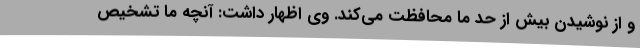
و از نوشیدن بیش از حد ما محافظت می‌کند. وی اظهار داشت: آنچه ما تشخیص